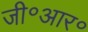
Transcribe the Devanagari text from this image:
जी॰आर॰